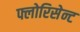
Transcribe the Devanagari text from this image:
फ्लोरिसेन्ट